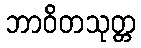
ဘာဝိတသုတ္တ